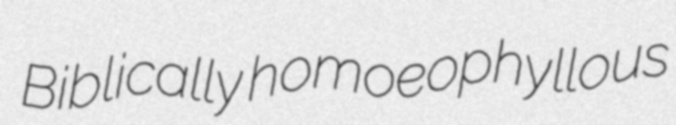
Biblically homoeophyllous